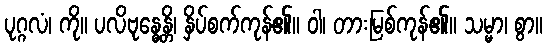
ပုဂ္ဂလံ၊ ကို။ ပလိဗုန္ဓေန္တိ၊ နှိပ်စက်ကုန်၏။ ဝါ၊ တားမြစ်ကုန်၏။ သမ္မာ၊ စွာ။